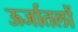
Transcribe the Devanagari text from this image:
ऊर्जातलों